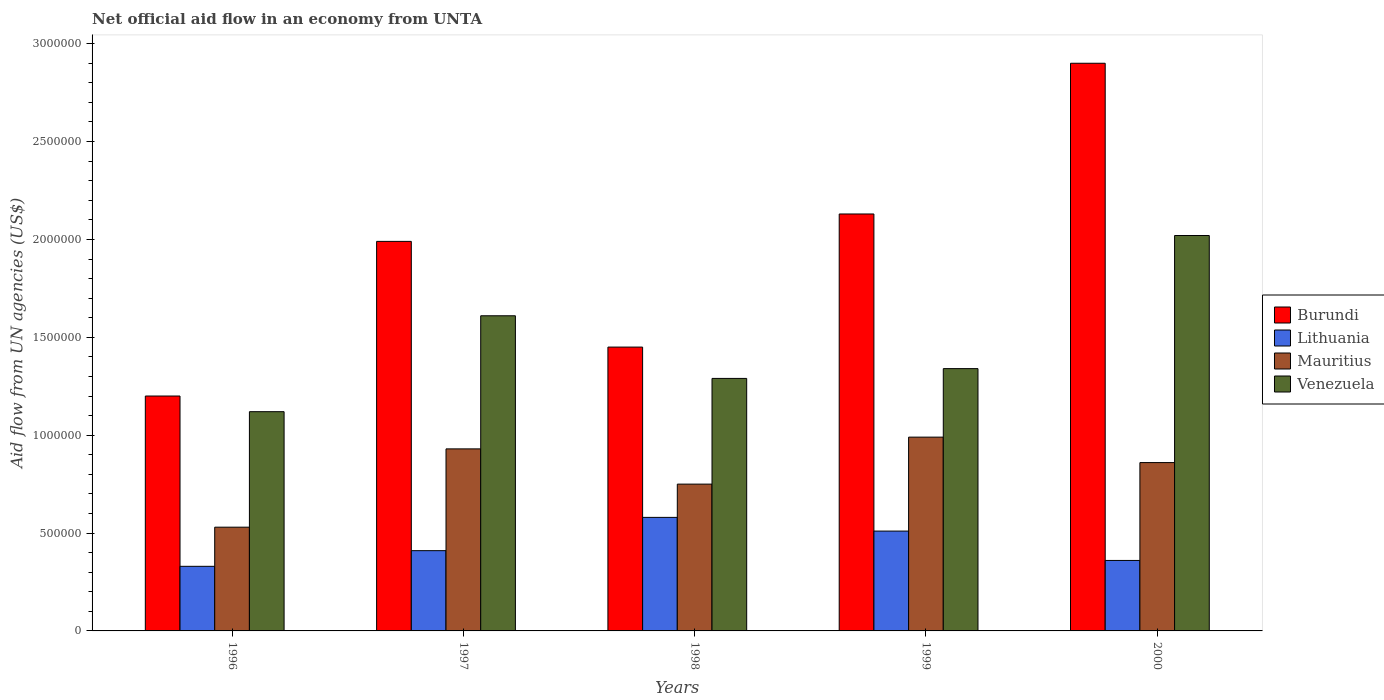
| Years | Burundi | Lithuania | Mauritius | Venezuela |
 | --- | --- | --- | --- | --- |
 | 1996 | 1.2e+06 | 3.3e+05 | 5.3e+05 | 1.12e+06 |
 | 1997 | 1.99e+06 | 4.1e+05 | 9.3e+05 | 1.61e+06 |
 | 1998 | 1.45e+06 | 5.8e+05 | 7.5e+05 | 1.29e+06 |
 | 1999 | 2.13e+06 | 5.1e+05 | 9.9e+05 | 1.34e+06 |
 | 2000 | 2.9e+06 | 3.6e+05 | 8.6e+05 | 2.02e+06 |